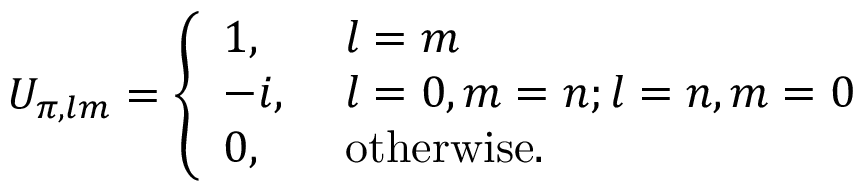
U _ { \pi , l m } = \left\{ \begin{array} { l l } { 1 , \ } & { l = m } \\ { - i , \ } & { l = 0 , m = n ; l = n , m = 0 } \\ { 0 , \ } & { \mathrm { o t h e r w i s e } . } \end{array} \right.